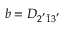
b = D _ { 2 ^ { ' } \bar { 1 } 3 ^ { ' } }